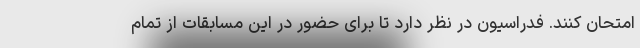
امتحان کنند. فدراسیون در نظر دارد تا برای حضور در این مسابقات از تمام